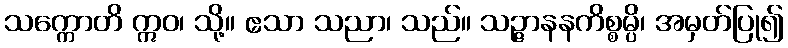
သက္ကောတိ ဣဝ၊ သို့။ ဧသာ သညာ၊ သည်။ သဉ္ဇာနနကိစ္စမ္ပိ၊ အမှတ်ပြု၍